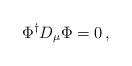
LaTeX: \begin{align*} \Phi^{\dagger}D_\mu\Phi=0\,,\end{align*}